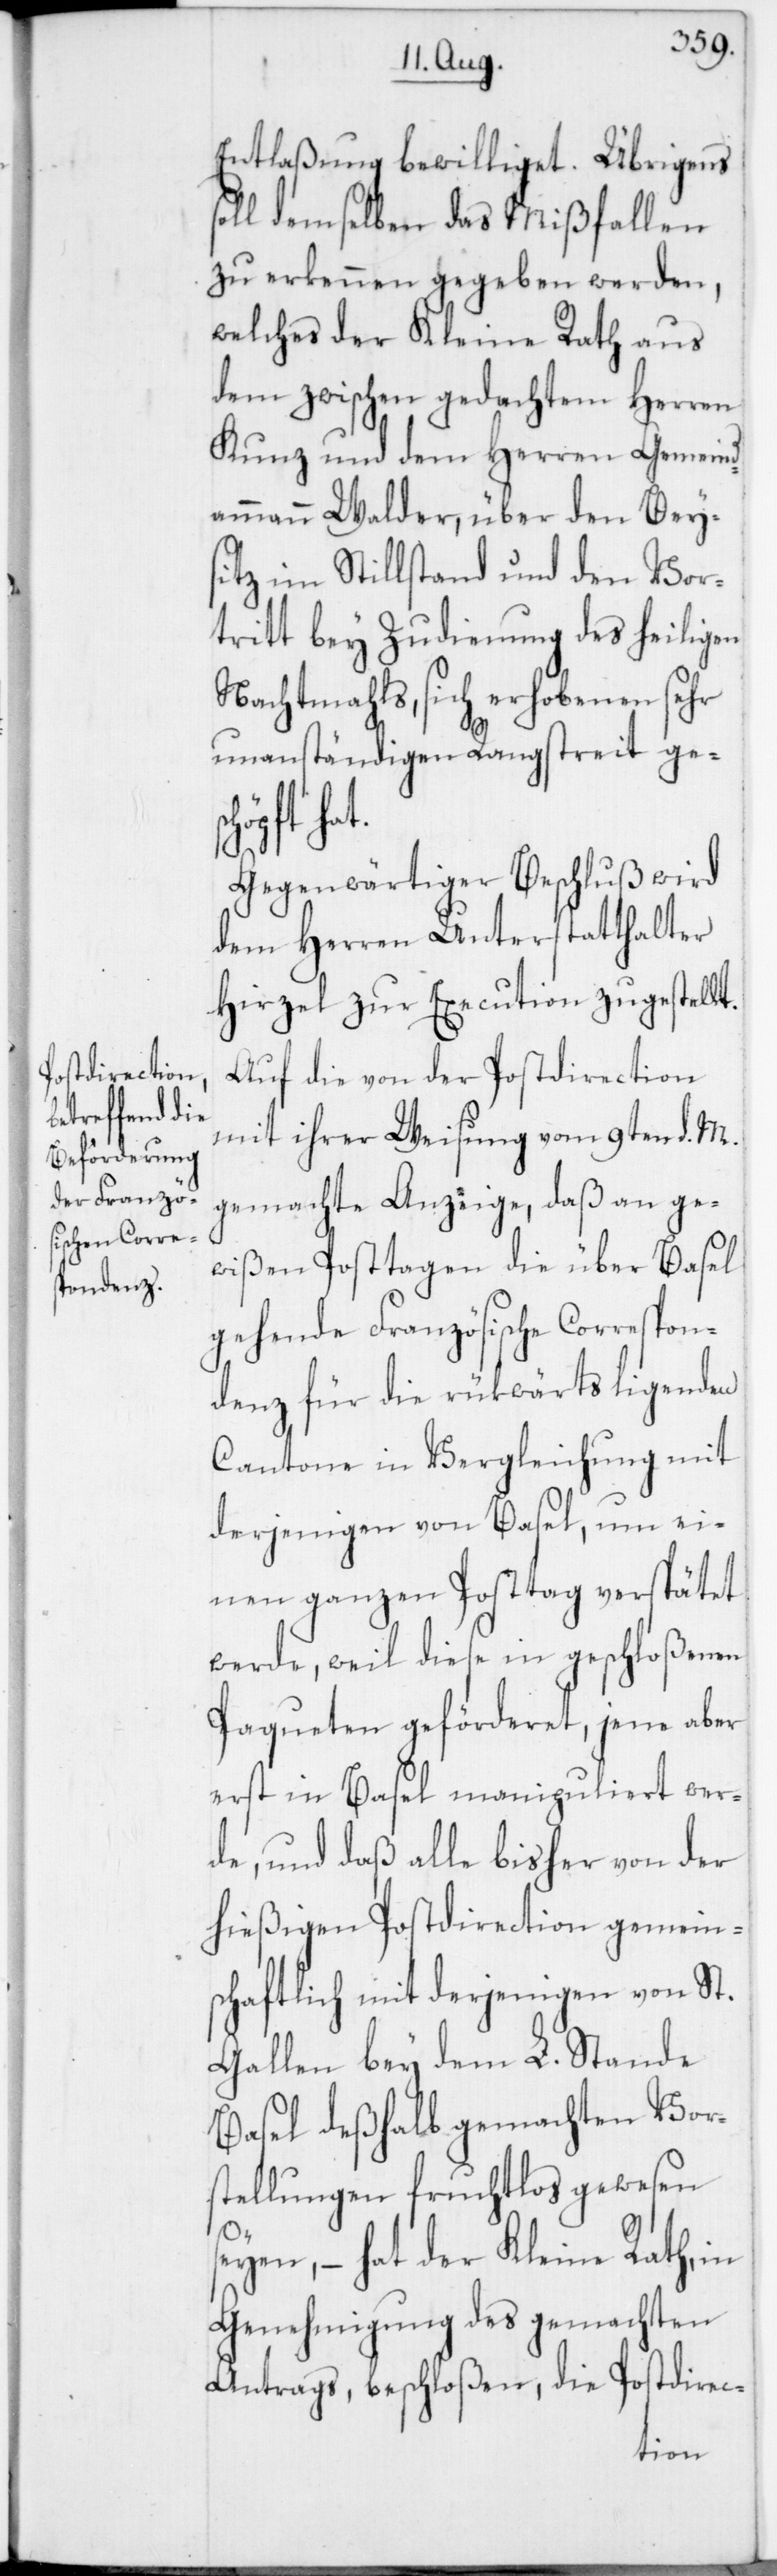
Entlaßung bewilliget. Übrigens
soll demselben das Mißfallen
zu erkennen gegeben werden,
welches der Kleine Rath aus
dem zwischen gedachtem Herren
Kunz und dem Herren Gemeind¬
ammann Walder, über den Beys¬
itz im Stillstand und den Vor¬
tritt bey Zudienung des heiligen
Nachtmahls, sich erhobenen sehr
unanständigen Rangstreit ge¬
hat.
Gegenwärtiger Beschluß wird
dem Herren Unterstatthalter
Hirzel zur Execution zugestellt.
Auf die von der Postdirection
mit ihrer Weisung vom 9ten d. M.
gemachte Anzeige, daß an ge¬
wißen Posttagen die über Basel
gehende Französische Correspon¬
denz für die rükwärts ligenden
Cantone in Vergleichung mit
derjenigen von Basel, um ei¬
nen ganzen Posttag verspätet
werde, weil diese in geschloßenen
Paqueten geförderet, jene aber
erst in Basel manipuliert wer¬
de, und daß alle bisher von der
hießigen Postdirection gemeins¬
chaftlich mit derjenigen von St.
Gallen bey dem L. Stande
Basel deßhalb gemachten Vor¬
stellungen fruchtlos gewesen
seyen, – hat der Kleine Rath in
Genehmigung des gemachten
Antrags beschloßen, die Postdirec-